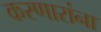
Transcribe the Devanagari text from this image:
करणारांना